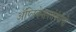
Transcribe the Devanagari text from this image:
ॲप्लिकेशनसंबंधीची